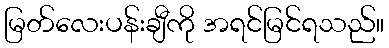
မြတ်လေးပန်းချီကို အရင်မြင်ရသည်။